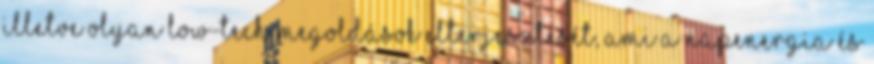
illetve olyan low-tech megoldások elterjesztését, ami a napenergia és